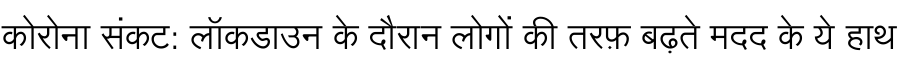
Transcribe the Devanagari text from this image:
कोरोना संकट: लॉकडाउन के दौरान लोगों की तरफ़ बढ़ते मदद के ये हाथ